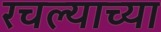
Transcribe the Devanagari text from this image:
रचल्याच्या